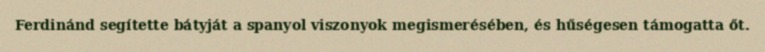
Ferdinánd segítette bátyját a spanyol viszonyok megismerésében, és hűségesen támogatta őt.